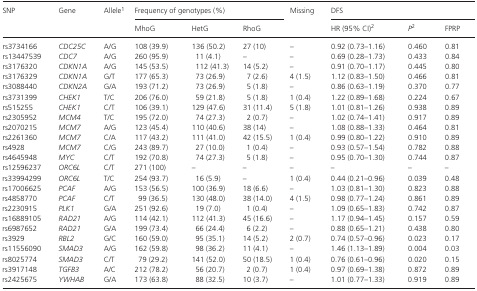
<table><thead><tr><td rowspan="2"><b>SNP</b></td><td rowspan="2"><b>Gene</b></td><td rowspan="2"><b>Allelea</b></td><td colspan="3"><b>Frequency of genotypes (%)</b></td><td rowspan="2"><b>Missing</b></td><td colspan="3"><b>DFS</b></td></tr><tr><td><b>MhoG</b></td><td><b>HetG</b></td><td><b>RhoG</b></td><td><b>HR (95% CI)b</b></td><td><b><i>P</i>b</b></td><td><b>FPRP</b></td></tr></thead><tbody><tr><td>rs3734166</td><td><i>CDC25C</i></td><td>A/G</td><td>108 (39.9)</td><td>136 (50.2)</td><td>27 (10)</td><td>–</td><td>0.92 (0.73–1.16)</td><td>0.460</td><td>0.81</td></tr><tr><td>rs13447539</td><td><i>CDC7</i></td><td>A/G</td><td>260 (95.9)</td><td>11 (4.1)</td><td>–</td><td>–</td><td>0.69 (0.28–1.73)</td><td>0.433</td><td>0.84</td></tr><tr><td>rs3176320</td><td><i>CDKN1A</i></td><td>A/G</td><td>145 (53.5)</td><td>112 (41.3)</td><td>14 (5.2)</td><td>–</td><td>0.91 (0.70–1.17)</td><td>0.445</td><td>0.80</td></tr><tr><td>rs3176329</td><td><i>CDKN1A</i></td><td>G/T</td><td>177 (65.3)</td><td>73 (26.9)</td><td>7 (2.6)</td><td>4 (1.5)</td><td>1.12 (0.83–1.50)</td><td>0.466</td><td>0.81</td></tr><tr><td>rs3088440</td><td><i>CDKN2A</i></td><td>G/A</td><td>193 (71.2)</td><td>73 (26.9)</td><td>5 (1.8)</td><td>–</td><td>0.86 (0.63–1.19)</td><td>0.370</td><td>0.77</td></tr><tr><td>rs3731399</td><td><i>CHEK1</i></td><td>T/C</td><td>206 (76.0)</td><td>59 (21.8)</td><td>5 (1.8)</td><td>1 (0.4)</td><td>1.22 (0.89–1.68)</td><td>0.224</td><td>0.67</td></tr><tr><td>rs515255</td><td><i>CHEK1</i></td><td>C/T</td><td>106 (39.1)</td><td>129 (47.6)</td><td>31 (11.4)</td><td>5 (1.8)</td><td>1.01 (0.81–1.26)</td><td>0.938</td><td>0.89</td></tr><tr><td>rs2305952</td><td><i>MCM4</i></td><td>T/C</td><td>195 (72.0)</td><td>74 (27.3)</td><td>2 (0.7)</td><td>–</td><td>1.02 (0.74–1.41)</td><td>0.917</td><td>0.89</td></tr><tr><td>rs2070215</td><td><i>MCM7</i></td><td>A/G</td><td>123 (45.4)</td><td>110 (40.6)</td><td>38 (14)</td><td>–</td><td>1.08 (0.88–1.33)</td><td>0.464</td><td>0.81</td></tr><tr><td>rs2261360</td><td><i>MCM7</i></td><td>C/A</td><td>117 (43.2)</td><td>111 (41.0)</td><td>42 (15.5)</td><td>1 (0.4)</td><td>0.99 (0.80–1.22)</td><td>0.910</td><td>0.89</td></tr><tr><td>rs4928</td><td><i>MCM7</i></td><td>C/G</td><td>243 (89.7)</td><td>27 (10.0)</td><td>1 (0.4)</td><td>–</td><td>0.93 (0.57–1.54)</td><td>0.782</td><td>0.88</td></tr><tr><td>rs4645948</td><td><i>MYC</i></td><td>C/T</td><td>192 (70.8)</td><td>74 (27.3)</td><td>5 (1.8)</td><td>–</td><td>0.95 (0.70–1.30)</td><td>0.744</td><td>0.87</td></tr><tr><td>rs12596237</td><td><i>ORC6L</i></td><td>C/T</td><td>271 (100)</td><td>–</td><td>–</td><td>–</td><td>–</td><td>–</td><td>–</td></tr><tr><td>rs33994299</td><td><i>ORC6L</i></td><td>T/C</td><td>254 (93.7)</td><td>16 (5.9)</td><td>–</td><td>1 (0.4)</td><td>0.44 (0.21–0.96)</td><td>0.039</td><td>0.48</td></tr><tr><td>rs17006625</td><td><i>PCAF</i></td><td>A/G</td><td>153 (56.5)</td><td>100 (36.9)</td><td>18 (6.6)</td><td>–</td><td>1.03 (0.81–1.30)</td><td>0.823</td><td>0.88</td></tr><tr><td>rs4858770</td><td><i>PCAF</i></td><td>C/T</td><td>99 (36.5)</td><td>130 (48.0)</td><td>38 (14.0)</td><td>4 (1.5)</td><td>0.98 (0.77–1.24)</td><td>0.861</td><td>0.89</td></tr><tr><td>rs2230915</td><td><i>PLK1</i></td><td>G/A</td><td>251 (92.6)</td><td>19 (7.0)</td><td>1 (0.4)</td><td>–</td><td>1.09 (0.65–1.83)</td><td>0.742</td><td>0.87</td></tr><tr><td>rs16889105</td><td><i>RAD21</i></td><td>A/G</td><td>114 (42.1)</td><td>112 (41.3)</td><td>45 (16.6)</td><td>–</td><td>1.17 (0.94–1.45)</td><td>0.157</td><td>0.59</td></tr><tr><td>rs6987652</td><td><i>RAD21</i></td><td>G/A</td><td>199 (73.4)</td><td>66 (24.4)</td><td>6 (2.2)</td><td>–</td><td>0.88 (0.65–1.21)</td><td>0.438</td><td>0.80</td></tr><tr><td>rs3929</td><td><i>RBL2</i></td><td>G/C</td><td>160 (59.0)</td><td>95 (35.1)</td><td>14 (5.2)</td><td>2 (0.7)</td><td>0.74 (0.57–0.96)</td><td>0.023</td><td>0.17</td></tr><tr><td>rs11556090</td><td><i>SMAD3</i></td><td>A/G</td><td>162 (59.8)</td><td>98 (36.2)</td><td>11 (4.1)</td><td>–</td><td>1.46 (1.13–1.89)</td><td>0.004</td><td>0.03</td></tr><tr><td>rs8025774</td><td><i>SMAD3</i></td><td>C/T</td><td>79 (29.2)</td><td>141 (52.0)</td><td>50 (18.5)</td><td>1 (0.4)</td><td>0.76 (0.61–0.96)</td><td>0.020</td><td>0.15</td></tr><tr><td>rs3917148</td><td><i>TGFB3</i></td><td>A/C</td><td>212 (78.2)</td><td>56 (20.7)</td><td>2 (0.7)</td><td>1 (0.4)</td><td>0.97 (0.69–1.38)</td><td>0.872</td><td>0.89</td></tr><tr><td>rs2425675</td><td><i>YWHAB</i></td><td>G/A</td><td>173 (63.8)</td><td>88 (32.5)</td><td>10 (3.7)</td><td>–</td><td>1.01 (0.77–1.33)</td><td>0.919</td><td>0.89</td></tr></tbody></table>